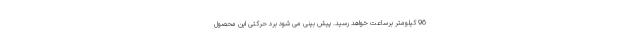
96 کیلومتر برساعت خواهد رسید. پیش بینی می شود برد حرکتی این محصول